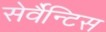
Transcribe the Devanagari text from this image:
सेर्वैन्टिस